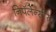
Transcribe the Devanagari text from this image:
निपॅलेन्सीस